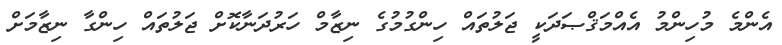
އެންމެ މުހިންމު އެއްމަޤްޞަދަކީ ޖަލުތައް ހިންގުމުގެ ނިޒާމް ހަރުދަނާކޮށް ޖަލުތައް ހިންގާ ނިޒާމަށް